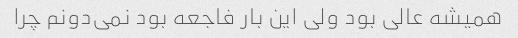
همیشه عالی بود ولی این بار فاجعه بود نمی‌دونم چرا